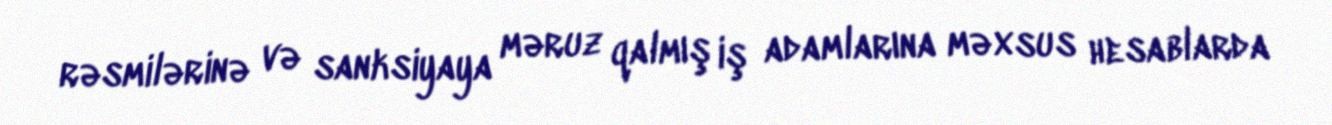
rəsmilərinə və sanksiyaya məruz qalmış iş adamlarına məxsus hesablarda